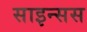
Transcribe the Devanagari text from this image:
साइन्सस